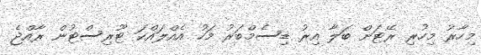
މިހާރު މިހުރި ރޭޓަށް ބަލާ އިރު ޑިސެމްބަރު މަހު އެއްލައްކަ ޓޫރިސްޓުން ރާއްޖެ